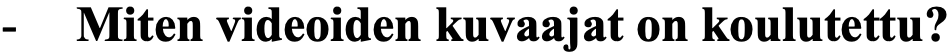
- Miten videoiden kuvaajat on koulutettu?